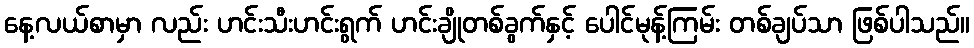
နေ့လယ်စာမှာ လည်း ဟင်းသီးဟင်းရွက် ဟင်းချိုတစ်ခွက်နှင့် ပေါင်မုန့်ကြမ်း တစ်ချပ်သာ ဖြစ်ပါသည်။